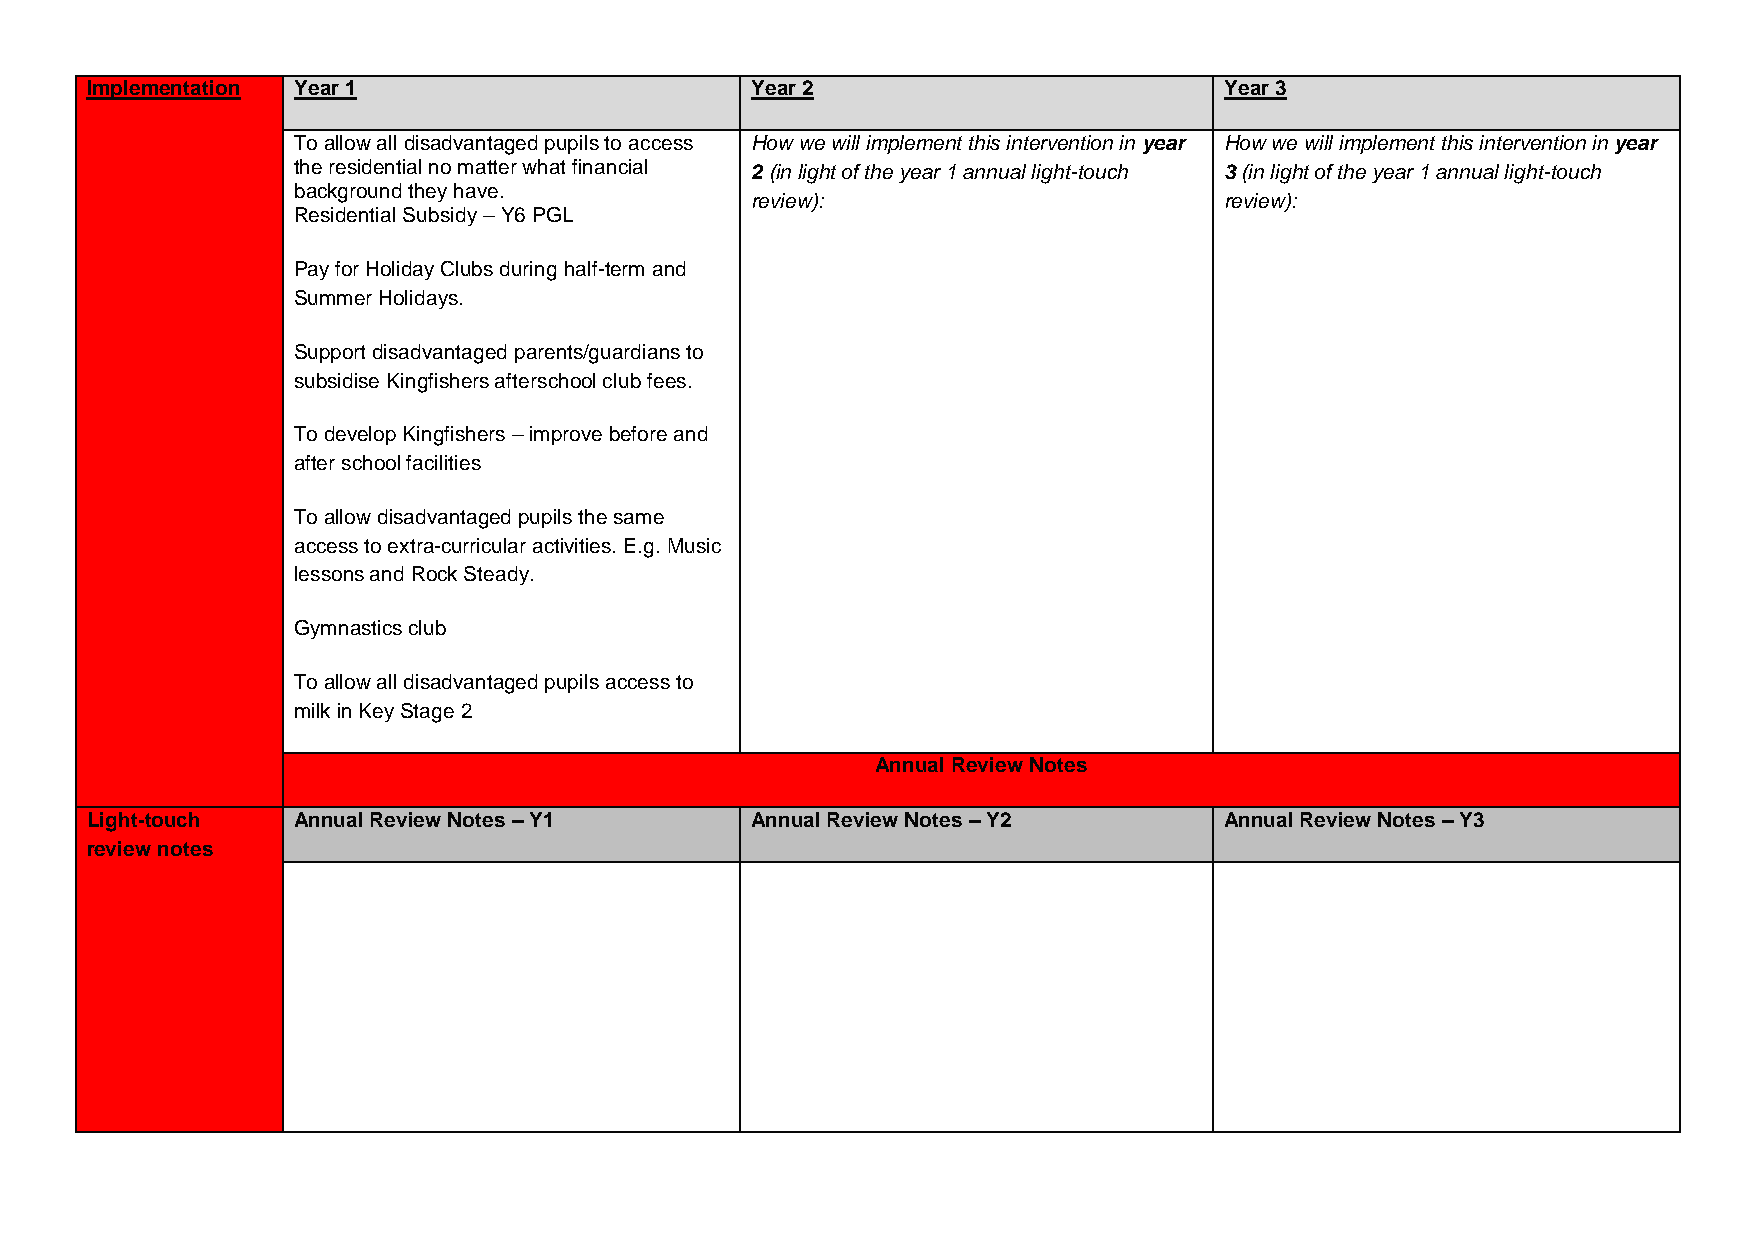
Implementation Year 1                       Year 2                         Year 3
 To allow all disadvantaged pupils to access How we will implement this intervention in year How we will implement this intervention in year
 the residential no matter what financial 2 (in light of the year 1 annual light-touch 3 (in light of the year 1 annual light-touch
 background they have.
 review):                       review):
 Residential Subsidy – Y6 PGL
 Pay for Holiday Clubs during half-term and
 Summer Holidays.
 Support disadvantaged parents/guardians to
 subsidise Kingfishers afterschool club fees.
 To develop Kingfishers – improve before and
 after school facilities
 To allow disadvantaged pupils the same
 access to extra-curricular activities. E.g. Music
 lessons and Rock Steady.
 Gymnastics club
 To allow all disadvantaged pupils access to
 milk in Key Stage 2
 Annual Review Notes
 Light-touch  Annual Review Notes – Y1       Annual Review Notes – Y2       Annual Review Notes – Y3
 review notes